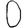
Digit: 0